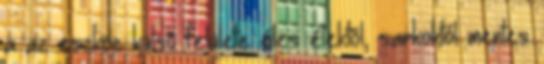
a az eszköz külsõ felülete éles élektõl, sarkoktól mentes